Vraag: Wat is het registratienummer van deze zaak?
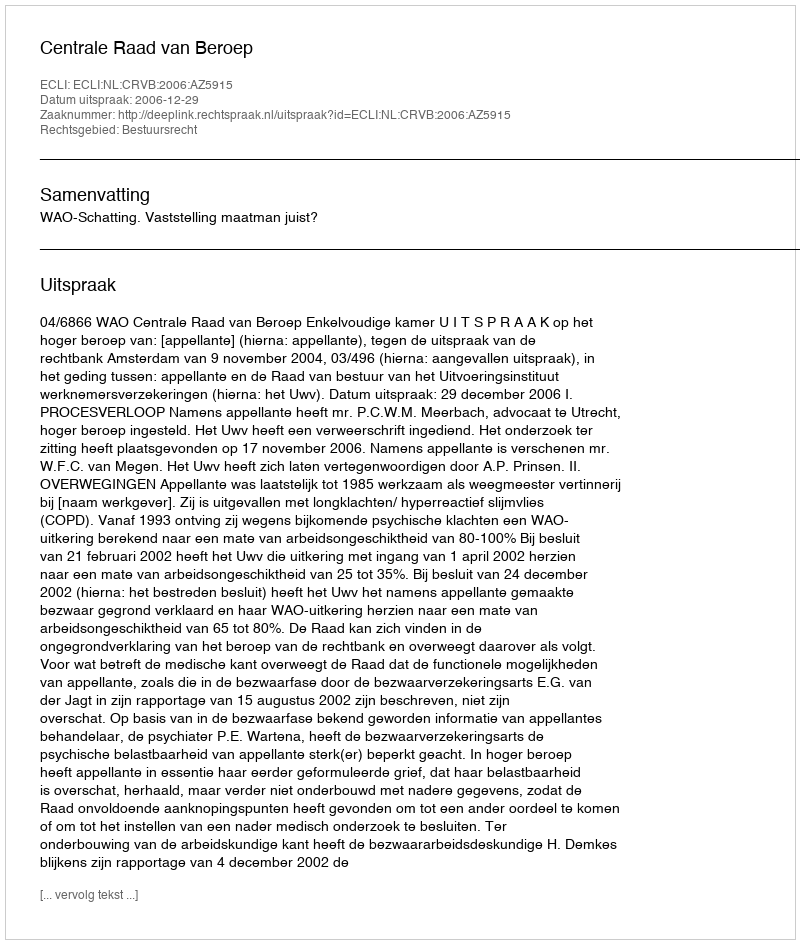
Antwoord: http://deeplink.rechtspraak.nl/uitspraak?id=ECLI:NL:CRVB:2006:AZ5915